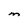
Character: M